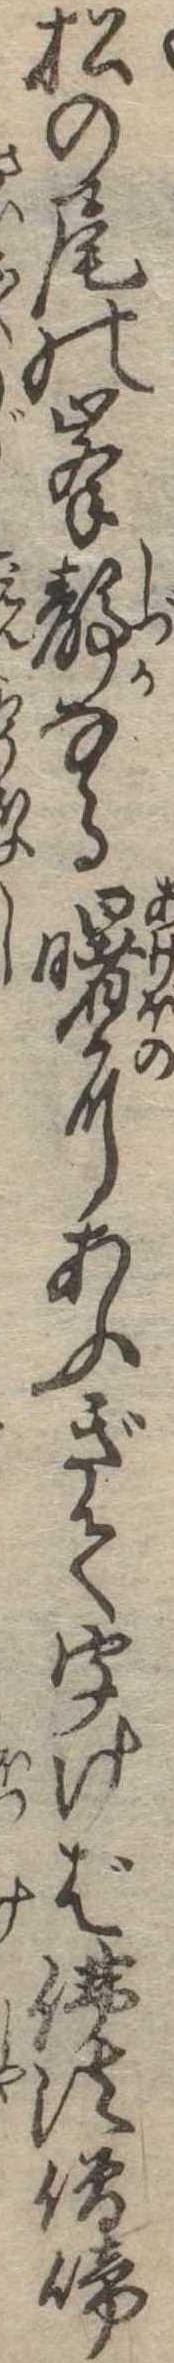
松の尾の峰静なる曙にあふぎて聞けば仏法僧啼